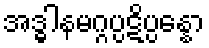
အဒ္ဓါနမဂ္ဂပ္ပဋိပ္ပန္နော